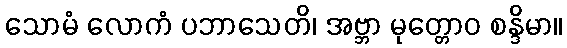
သောမံ လောကံ ပဘာသေတိ၊ အဗ္ဘာ မုတ္တောဝ စန္ဒိမာ။